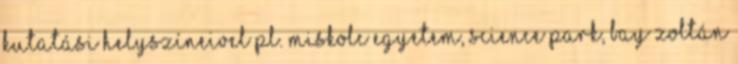
kutatási helyszíneivel pl. Miskolc Egyetem, Science Park, Bay Zoltán